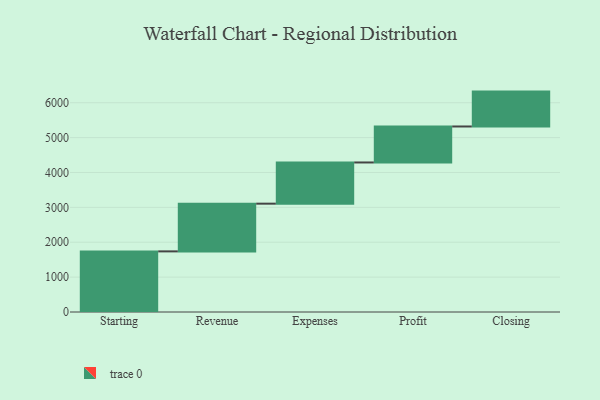
{"axis": {"x": "Step", "y": "Value"}, "legend": [""], "data": [{"x": "Starting", "y": 1738.0, "type": ""}, {"x": "Revenue", "y": 1368.0, "type": ""}, {"x": "Expenses", "y": 1181.0, "type": ""}, {"x": "Profit", "y": 1032.0, "type": ""}, {"x": "Closing", "y": 1000, "type": ""}]}